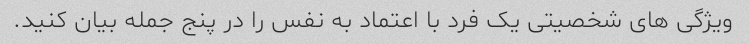
ویژگی های شخصیتی یک فرد با اعتماد به نفس را در پنج جمله بیان کنید.